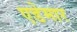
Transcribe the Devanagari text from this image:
एडेमार